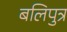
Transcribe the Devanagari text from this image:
बलिपुत्र